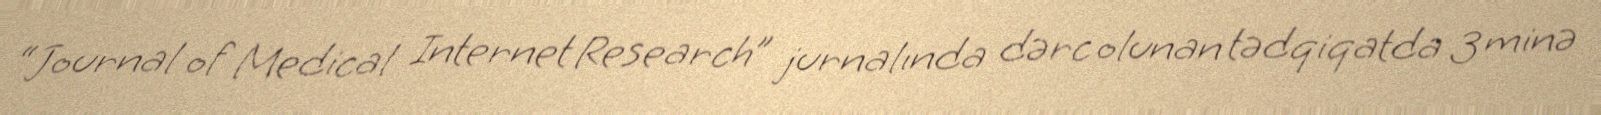
“Journal of Medical Internet Research” jurnalında dərc olunan tədqiqatda 3 minə